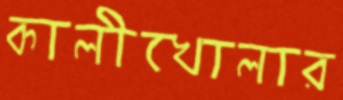
কালীখোলার